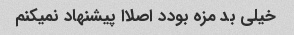
خیلی بد مزه بودد اصلاا پیشنهاد نمیکنم